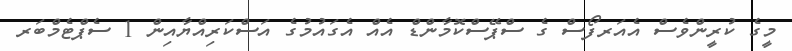
މީގެ ކުރީންވެސް އެއަރފޯސް ގެ ސްޕޭސްކޮމާންޑް އެއް އެގައުމުގެ އަސްކަރިއްޔާއިން 1 ސެޕްޓެމްބަރ